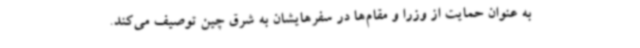
به عنوان حمایت از وزرا و مقام‌ها در سفرهایشان به شرق چین توصیف می‌کند.